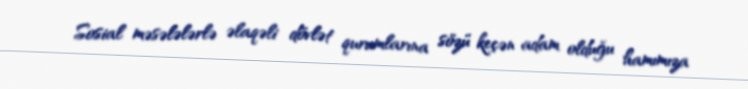
Sosial məsələlərlə əlaqəli dövlət qurumlarına sözü keçən adam olduğu hamımıza